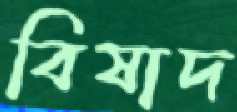
বিষাদ